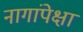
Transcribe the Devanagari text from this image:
नागांपेक्षा